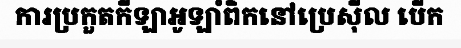
ការប្រកួតកីឡាអូឡាំពិកនៅប្រេស៊ីល បើក